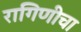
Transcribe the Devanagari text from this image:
रागिणीचा